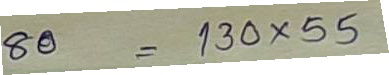
80 = 130 x 55